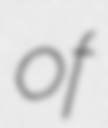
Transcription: of